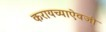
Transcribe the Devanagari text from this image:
करायच्याऐवजी